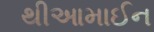
થીઆમાઈન